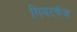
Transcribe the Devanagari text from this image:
गियरचेंज